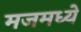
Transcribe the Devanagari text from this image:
मजमध्ये